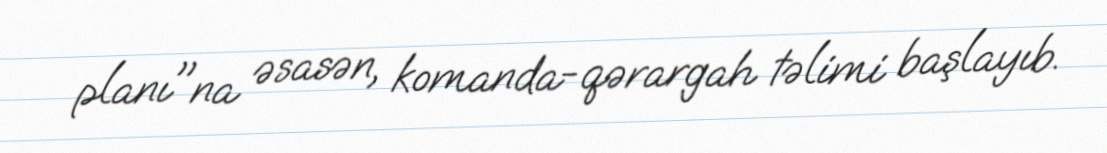
planı"na əsasən, komanda-qərargah təlimi başlayıb.